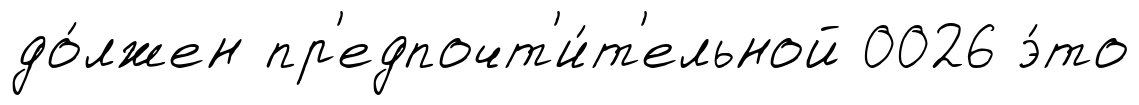
до́лжен пр'едпочт'и́т'ельной 0026 э́то